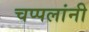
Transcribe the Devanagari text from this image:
चप्पलांनी